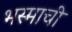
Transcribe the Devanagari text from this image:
भस्माची